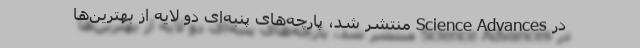
در Science Advances منتشر شد، پارچه‌های پنبه‌ای دو لایه از بهترین‌ها